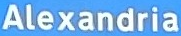
Alexandria